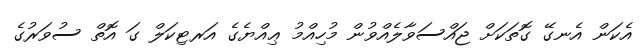
އެކަން އެނގޭ ގޮތަކަށް ޖައްސަވާލެއްވުން މުހިއްމު ޢިއްޔެގެ އަރޓިކަލް ގަ އޮތް ސުވަރުގެ